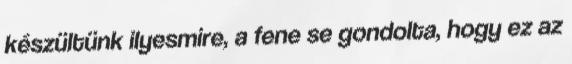
készültünk ilyesmire, a fene se gondolta, hogy ez az